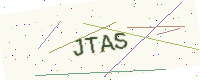
Text: JTAS